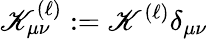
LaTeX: \mathscr{K}_{\mu\nu}^{(\ell)}:=\mathscr{K}^{(\ell)}\delta_{\mu\nu}